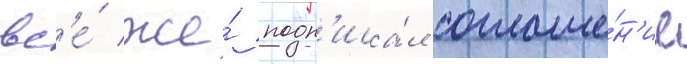
вс'е́ же́ подп'иса́л соглаше́н'ие